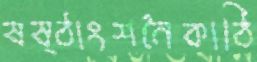
ষষ্ঠাংশনৈকাঠি